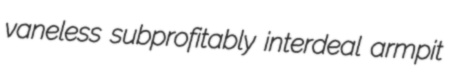
vaneless subprofitably interdeal armpit